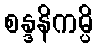
စန္ဒနိကမ္ပိ